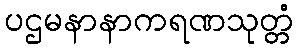
ပဌမနာနာကရဏသုတ္တံ